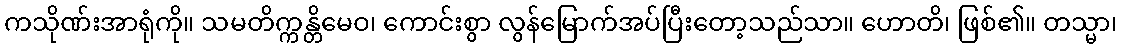
ကသိုဏ်းအာရုံကို။ သမတိက္ကန္တိမေဝ၊ ကောင်းစွာ လွန်မြောက်အပ်ပြီးတော့သည်သာ။ ဟောတိ၊ ဖြစ်၏။ တသ္မာ၊